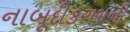
નાબૂદીકરણની